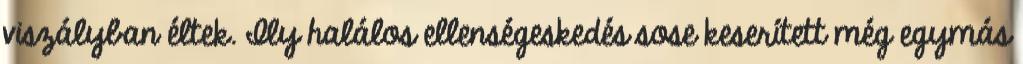
viszályban éltek. Ily halálos ellenségeskedés sose keserített még egymás